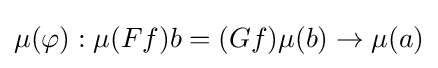
\mu (\varphi ):\mu (Ff)b=(Gf)\mu (b)\to \mu (a)